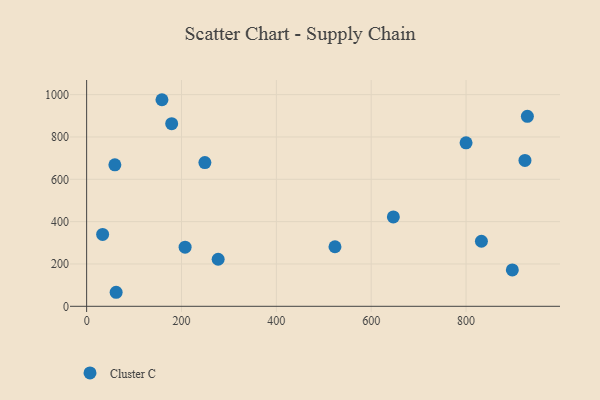
{"axis": {"x": "Distance", "y": "Yield"}, "legend": ["Cluster C"], "data": [{"x": "924.2", "y": 689.1, "type": "Cluster C"}, {"x": "62.2", "y": 66.3, "type": "Cluster C"}, {"x": "832.4", "y": 307.3, "type": "Cluster C"}, {"x": "33.7", "y": 339.8, "type": "Cluster C"}, {"x": "277.3", "y": 222.3, "type": "Cluster C"}, {"x": "523.6", "y": 281.5, "type": "Cluster C"}, {"x": "59.5", "y": 668.6, "type": "Cluster C"}, {"x": "897.6", "y": 171.7, "type": "Cluster C"}, {"x": "249.3", "y": 679.2, "type": "Cluster C"}, {"x": "929.3", "y": 897.4, "type": "Cluster C"}, {"x": "207.6", "y": 279.4, "type": "Cluster C"}, {"x": "646.7", "y": 422.3, "type": "Cluster C"}, {"x": "179.3", "y": 862.9, "type": "Cluster C"}, {"x": "800.0", "y": 772.3, "type": "Cluster C"}, {"x": "158.8", "y": 976.0, "type": "Cluster C"}]}